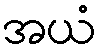
အယံ